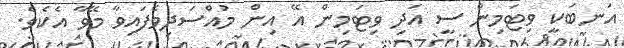
އަނބަކީ ވިޓަމިން ސީ އަދި ވިޓަމިން އޭ އިން މުއްސަދިވެފައިވާ މޭވާ އެކެވެ.